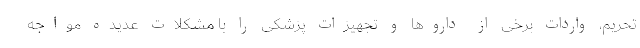
تحریم، واردات برخی از داروها و تجهیزات پزشکی را با مشکلات عدیده مواجه